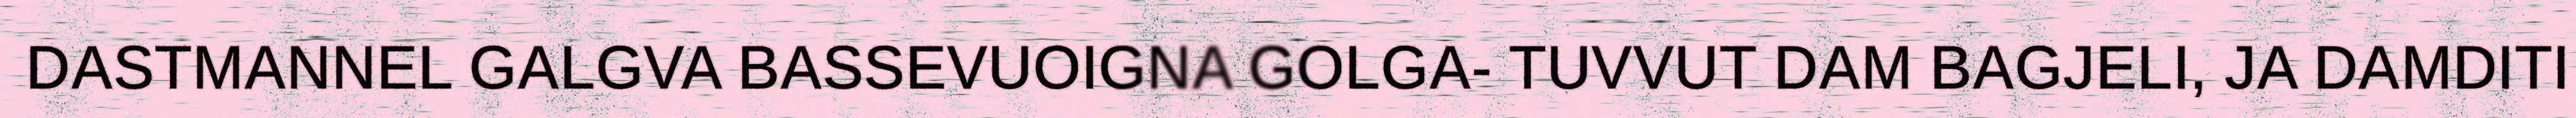
DASTMANNEL GALGVA BASSEVUOIGNA GOLGA- TUVVUT DAM BAGJELI, JA DAMDITI